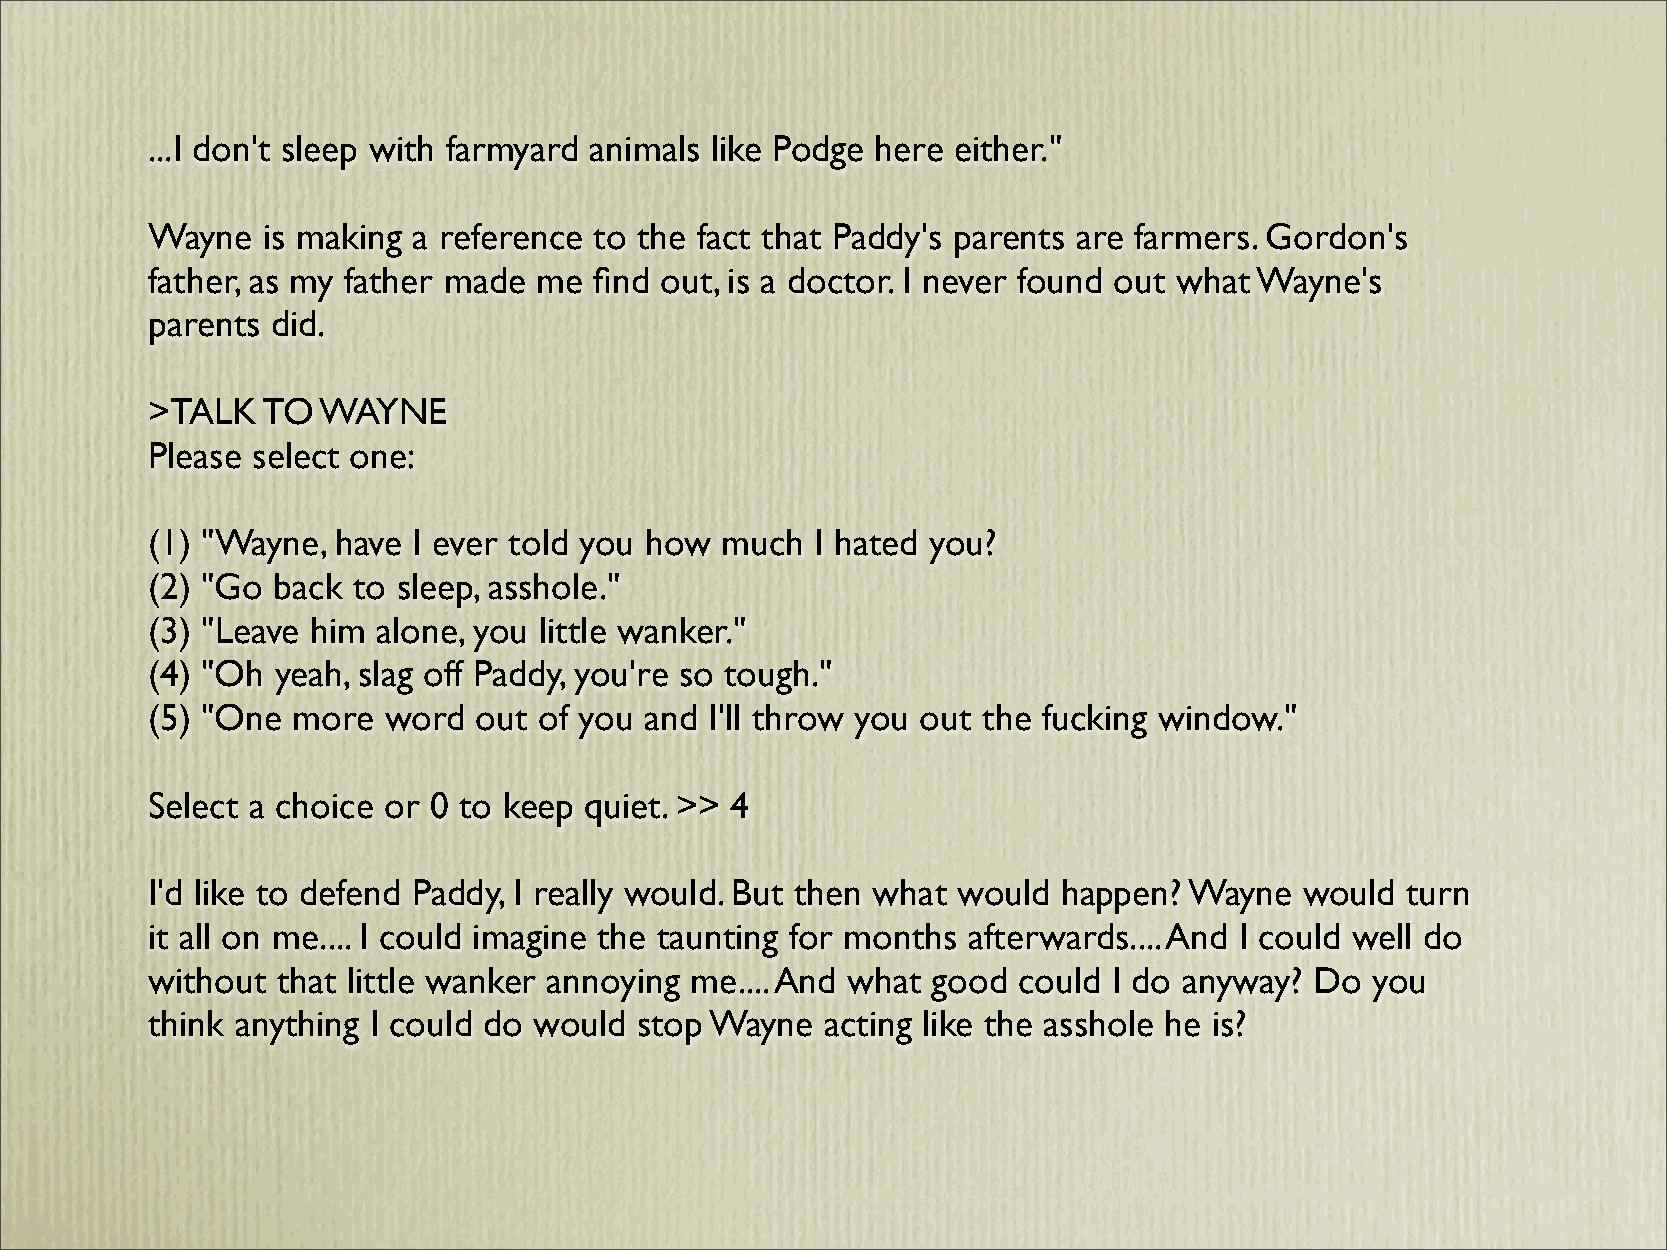
...I don't sleep with farmyard animals like Podge here either."
 Wayne  is making a reference to the fact that Paddy's parents are farmers. Gordon's
 father, as my father made me find out, is a doctor. I never found out what Wayne's
 parents did.
 >TALK  TO  WAYNE
 Please select one:
 (1) "Wayne, have I ever told you how  much  I hated you?
 (2) "Go back to sleep, asshole."
 (3) "Leave him alone, you little wanker."
 (4) "Oh yeah, slag off Paddy, you're so tough."
 (5) "One more  word  out  of you and I'll throw you out the fucking window."
 Select a choice or 0 to keep quiet. >> 4
 I'd like to defend Paddy, I really would. But then what would happen? Wayne would  turn
 it all on me.... I could imagine the taunting for months afterwards.... And I could well do
 without that little wanker annoying me.... And what good could  I do anyway? Do  you
 think anything I could do would stop Wayne   acting like the asshole he is?